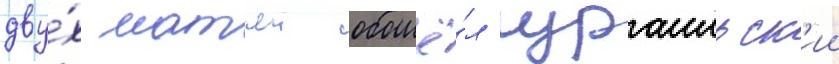
дву́х матчеи обошё́л израильск'ии